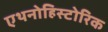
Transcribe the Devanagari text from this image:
एथनोहिस्टोरिक